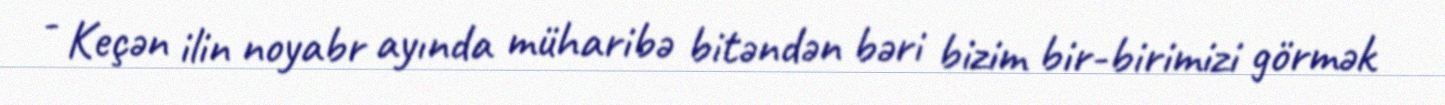
- Keçən ilin noyabr ayında müharibə bitəndən bəri bizim bir-birimizi görmək